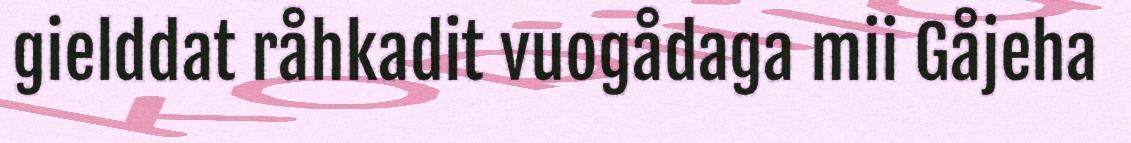
gielddat råhkadit vuogådaga mii Gåjeha